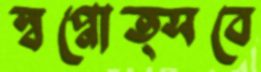
স্বপ্নোত্সবে